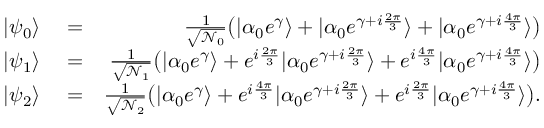
\begin{array} { r l r } { | \psi _ { 0 } \rangle } & { { } = } & { \frac { 1 } { \sqrt { \mathcal { N } _ { 0 } } } \big ( | \alpha _ { 0 } e ^ { \gamma } \rangle + | \alpha _ { 0 } e ^ { \gamma + i \frac { 2 \pi } { 3 } } \rangle + | \alpha _ { 0 } e ^ { \gamma + i \frac { 4 \pi } { 3 } } \rangle \big ) } \\ { | \psi _ { 1 } \rangle } & { { } = } & { \frac { 1 } { \sqrt { \mathcal { N } _ { 1 } } } \big ( | \alpha _ { 0 } e ^ { \gamma } \rangle + e ^ { i \frac { 2 \pi } { 3 } } | \alpha _ { 0 } e ^ { \gamma + i \frac { 2 \pi } { 3 } } \rangle + e ^ { i \frac { 4 \pi } { 3 } } | \alpha _ { 0 } e ^ { \gamma + i \frac { 4 \pi } { 3 } } \rangle \big ) } \\ { | \psi _ { 2 } \rangle } & { { } = } & { \frac { 1 } { \sqrt { \mathcal { N } _ { 2 } } } \big ( | \alpha _ { 0 } e ^ { \gamma } \rangle + e ^ { i \frac { 4 \pi } { 3 } } | \alpha _ { 0 } e ^ { \gamma + i \frac { 2 \pi } { 3 } } \rangle + e ^ { i \frac { 2 \pi } { 3 } } | \alpha _ { 0 } e ^ { \gamma + i \frac { 4 \pi } { 3 } } \rangle \big ) . } \end{array}